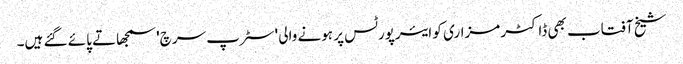
شیخ آفتاب بھی ڈاکٹر مزاری کو ایئرپورٹس پر ہونے والی 'سٹرپ سرچ' سمجھاتے پائے گئے ہیں۔